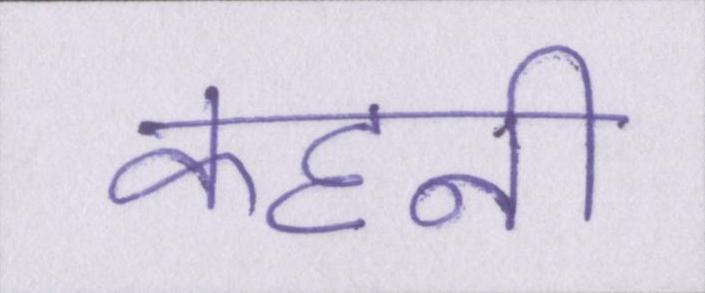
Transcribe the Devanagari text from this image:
कहनी